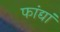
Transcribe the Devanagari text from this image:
फांद्यां